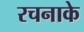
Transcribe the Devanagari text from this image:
रचनाके